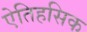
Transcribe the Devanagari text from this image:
एेतिहसिक